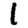
Digit: 1